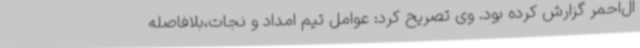
ال‌احمر گزارش کرده بود. وی تصریح کرد: عوامل تیم امداد و نجات،بلافاصله